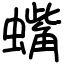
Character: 蟕